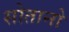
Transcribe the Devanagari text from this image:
सोतानो